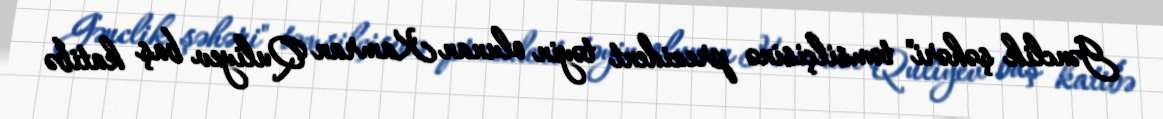
Gənclik şəhəri" təmsilçisinə prezident təyin olunan Kamran Quliyev baş katibə